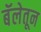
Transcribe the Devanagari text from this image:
बॅलेतून